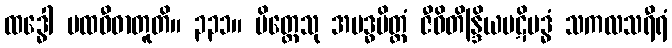
ထဒ္ဓေါ ပထဝီဓာတူတိ။ ၃၃၁။ ပိတ္တေသု အဗဒ္ဓပိတ္တံ ဇီဝိတိန္ဒြိယပဋိဗဒ္ဓံ သကလသရီရံ